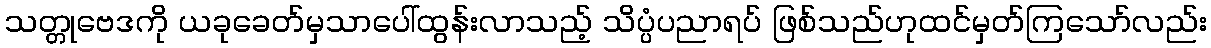
သတ္တုဗေဒကို ယခုခေတ်မှသာပေါ်ထွန်းလာသည့် သိပ္ပံပညာရပ် ဖြစ်သည်ဟုထင်မှတ်ကြသော်လည်း